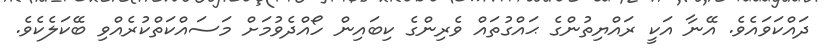
ދައްކަވައެވެ. އޭނާ އަކީ ރައްޔިތުންގެ ޙައްގުތައް ވެރިންގެ ކިބައިން ހޯއްދެވުމަށް މަސައްކަތްކުރެއްވި ބޭކަލެކެވެ.